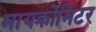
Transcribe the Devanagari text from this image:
मायक्रोमिटर